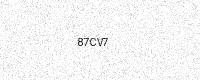
Text: 87CV7